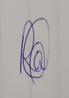
Signature authenticity: genuine